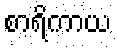
စာရိကာယ